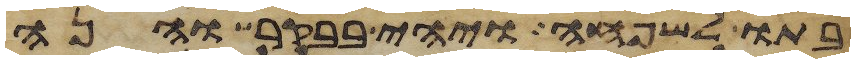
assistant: בתו לשפחה ויהי בבקר והנה